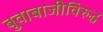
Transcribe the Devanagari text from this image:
बुवाबाजीविरुद्ध